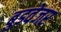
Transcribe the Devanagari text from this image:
बुडवेजर